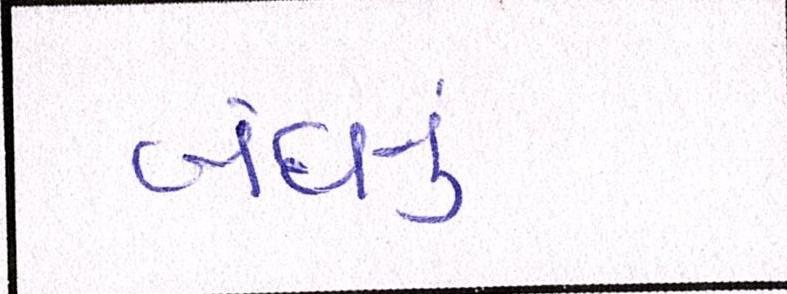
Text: બંધનું